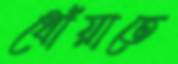
ধোঁয়াতে